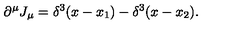
\partial ^ { \mu } J _ { \mu } = \delta ^ { 3 } ( x - x _ { 1 } ) - \delta ^ { 3 } ( x - x _ { 2 } ) .